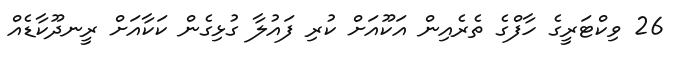
26 ވިކްޓަރީގެ ހާފްގެ ތެރެއިން އަކޫއަށް ކުރި ފައުލާ ގުޅިގެން ކަކާއަށް ރީނދޫކާޑެއް